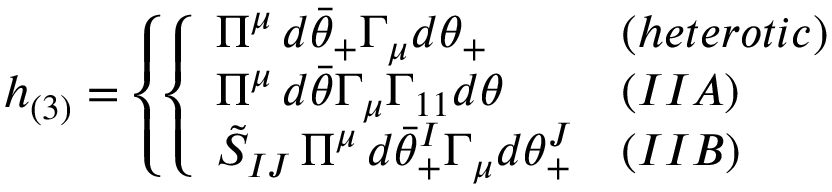
h _ { ( 3 ) } = \left\{ \left\{ \begin{array} { l l } { { \Pi ^ { \mu } \, d \bar { \theta } _ { + } \Gamma _ { \mu } d \theta _ { + } } } & { { ( h e t e r o t i c ) } } \\ { { \Pi ^ { \mu } \, d \bar { \theta } \Gamma _ { \mu } \Gamma _ { 1 1 } d \theta } } & { { ( I I A ) } } \\ { { \tilde { S } _ { I J } \, \Pi ^ { \mu } \, d \bar { \theta } _ { + } ^ { I } \Gamma _ { \mu } d \theta _ { + } ^ { J } } } & { { ( I I B ) } } \end{array} \right. \right.